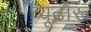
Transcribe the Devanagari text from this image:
व्यूढोरू